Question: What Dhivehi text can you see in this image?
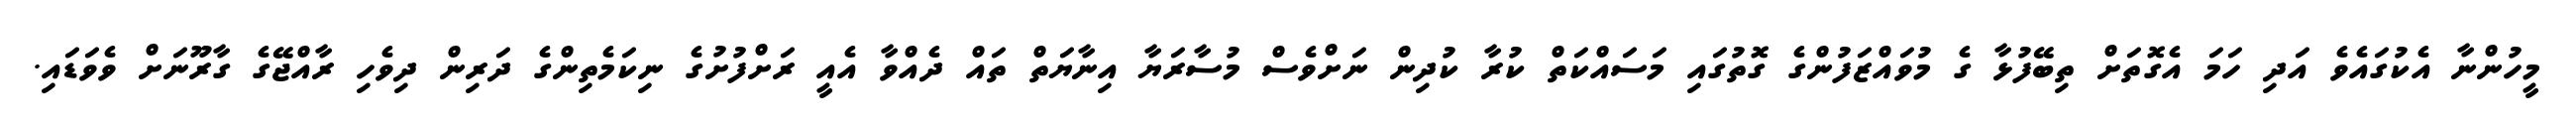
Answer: މީހުންނާ އެކުގައެވެ އަދި ހަމަ އެގޮތަށް ތިބޭފުޅާ ގެ މުވައްޒަފުންގެ ގޮތުގައި މަސައްކަތް ކުރާ ކުދިން ނަށްވެސް މުސާރަޔާ އިނާޔަތް ތައް ދެއްވާ އެއީ ރަށްފުށުގެ ނިކަމެތިންގެ ދަރިން ދިވެހި ރާއްޖޭގެ ގާރޫނަށް ވެވަޑައި.